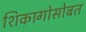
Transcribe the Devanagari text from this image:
शिकागोसोबत